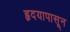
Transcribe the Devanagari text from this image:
हृदयापासून